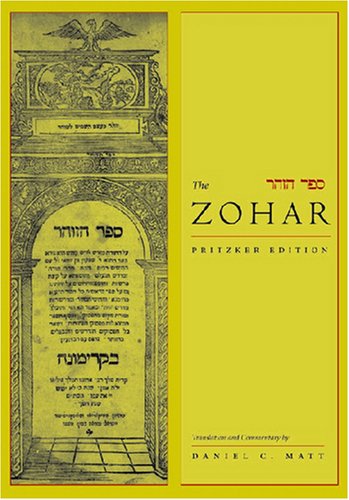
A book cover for The Zohar: Pritzker Edition, Vol. 3; Christian Books & Bibles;